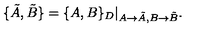
\{ \tilde { A } , \tilde { B } \} = \{ A , B \} _ { D } | _ { A \rightarrow \tilde { A } , B \rightarrow \tilde { B } } .